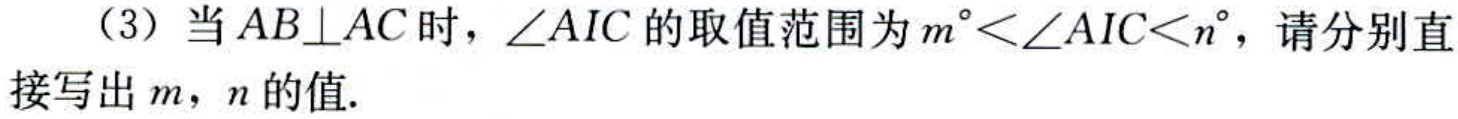
（3）当\(AB\bot AC\)时，\(\angle AIC\)的取值范围为\(m^{\circ}<\angle AIC < n^{\circ}\)，请分别直接写出\(m\)，\(n\)的值.